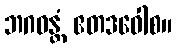
ဘဂဝန္တံ ဧတဒဝေါစ။